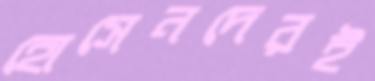
হোসেনদেরই